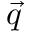
\vec { q }